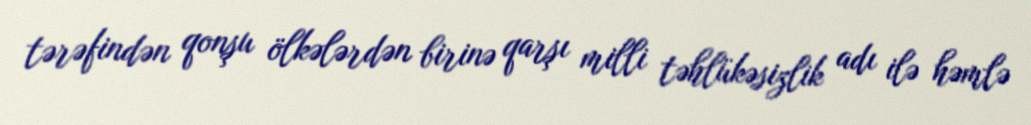
tərəfindən qonşu ölkələrdən birinə qarşı milli təhlükəsizlik adı ilə həmlə